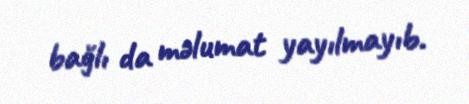
bağlı da məlumat yayılmayıb.